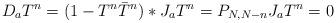
LaTeX: \begin{align*}D_aT^n=(1-T^n\bar{T}^n)*J_aT^n=P_{N,N-n}J_aT^n=0\end{align*}